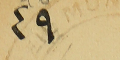
٤٩